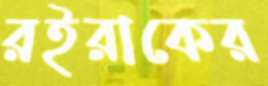
রইরাকের